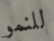
للنمو